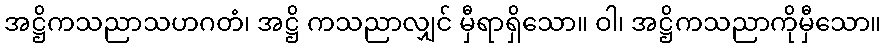
အဋ္ဌိကသညာသဟဂတံ၊ အဋ္ဌိ ကသညာလျှင် မှီရာရှိသော။ ဝါ၊ အဋ္ဌိကသညာကိုမှီသော။